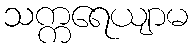
သက္ကရေယျာမ